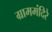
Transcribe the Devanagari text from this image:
ग्राममंदिरे